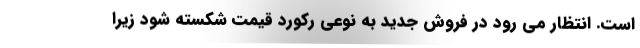
است. انتظار می رود در فروش جدید به نوعی رکورد قیمت شکسته شود زیرا